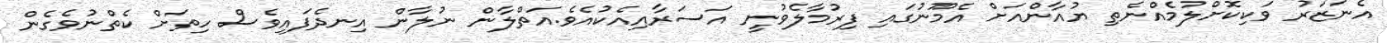
އެނަޒަރު ވަކިކޮށްލުމެއްނެތި ޔުއާންއަށް އެމޫނުގައި ފިރުމާލެވުނީ އަސަރާއިއެކުއެވެ.އަތްލާން ނުލާން އިނދެފައިވެސް ހިތަށް ކެތްނުވެގެން